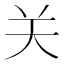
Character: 关